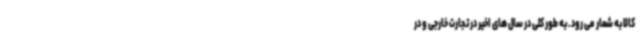
کالا به شمار می رود. به طور کلی در سال های اخیر در تجارت خارجی و در